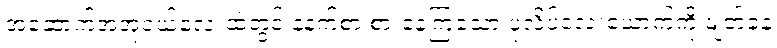
အဆောက်အအုံငယ်လေးထဲတွင် နံနက်စာ စားနေကြသော ပုလိပ်လေးယောက်ကို ဖျတ်ခနဲ